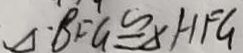
\Delta B F G \cong \Delta H F G